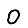
Digit: 0